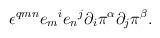
LaTeX: \begin{align*}\epsilon^{qmn} {e_m}^i {e_n}^j \partial_i \pi^\alpha \partial_j \pi^\beta.\end{align*}